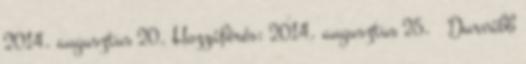
2014. augusztus 20. Hozzáférés: 2014. augusztus 25. ↑ Durvább